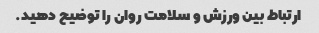
ارتباط بین ورزش و سلامت روان را توضیح دهید.